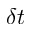
\delta t